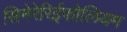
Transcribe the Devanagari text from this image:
सिनेरेरिईफोलियम